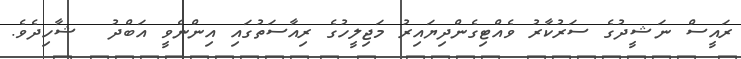
ރައީސް ނަޝީދުގެ ސަރުކާރު ވެއްޓިގެންދިޔައިރު މަޖިލީހުގެ ރިއާސަތުގައި އިންނެވީ އަބްދު  ޝާހިދެވެ.